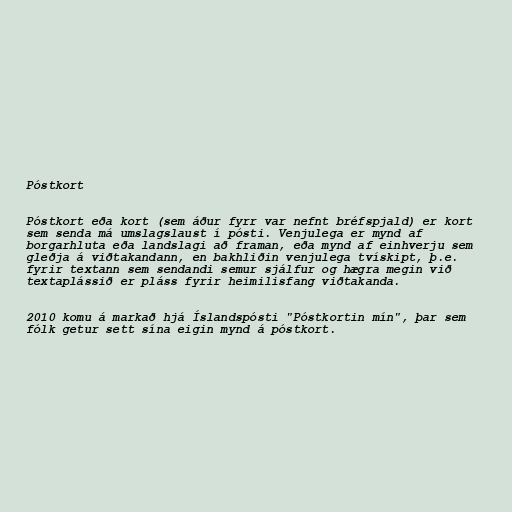
Póstkort

Póstkort eða kort (sem áður fyrr var nefnt bréfspjald) er kort
sem senda má umslagslaust í pósti. Venjulega er mynd af
borgarhluta eða landslagi að framan, eða mynd af einhverju sem
gleðja á viðtakandann, en bakhliðin venjulega tvískipt, þ.e.
fyrir textann sem sendandi semur sjálfur og hægra megin við
textaplássið er pláss fyrir heimilisfang viðtakanda.

2010 komu á markað hjá Íslandspósti "Póstkortin mín", þar sem
fólk getur sett sína eigin mynd á póstkort.